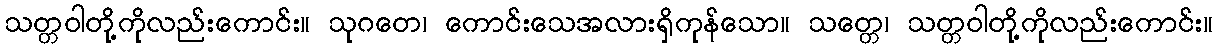
သတ္တဝါတို့ကိုလည်းကောင်း။ သုဂတေ၊ ကောင်းသေအလားရှိကုန်သော။ သတ္တေ၊ သတ္တဝါတို့ကိုလည်းကောင်း။